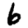
Digit: 6